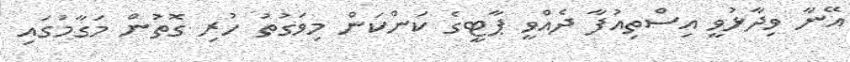
އޭނާ ވިދާޅުވީ އިސްތިއުފާ ދެއްވީ ޕާޓީގެ ކަންކަން މިވަގުތު ހުރި ގޮތުން މަގާމުގައި